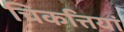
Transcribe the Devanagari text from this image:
चिकत्तियां